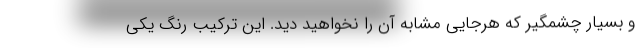
و بسیار چشمگیر که هرجایی مشابه آن را نخواهید دید. این ترکیب رنگ یکی